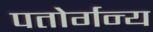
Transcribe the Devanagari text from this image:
पतोर्गन्य